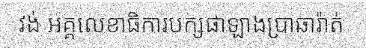
វង់ អគ្គលេខាធិការបក្សផាឡាងប្រាឆារ៉ាត់